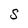
Character: S